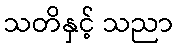
သတိနှင့် သညာ